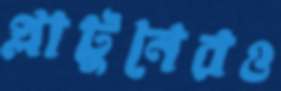
প্লাটুনেরও